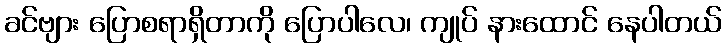
ခင်ဗျား ပြောစရာရှိတာကို ပြောပါလေ၊ ကျုပ် နားထောင် နေပါတယ်